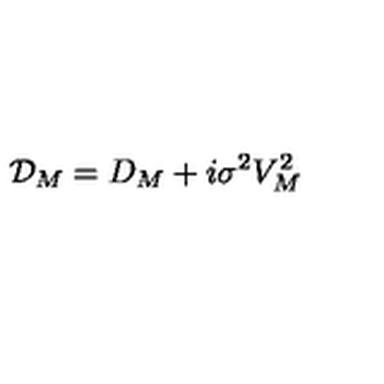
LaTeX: \mathcal { D } _ { M } = D _ { M } + i \sigma ^ { 2 } V _ { M } ^ { 2 }